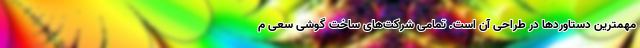
مهمترین دستاوردها در طراحی آن است. تمامی شرکت‌های ساخت گوشی سعی م